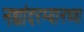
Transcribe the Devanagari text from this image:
नद्यांदरम्यानच्या